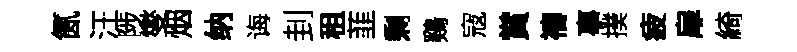
氤汪陟燮烟纳诲刲租韮剩鷄寇賞禱事撲疲扉綺